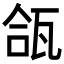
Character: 𬎪